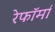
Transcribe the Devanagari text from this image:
रेफॉर्मा